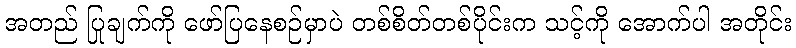
အတည် ပြုချက်ကို ဖော်ပြနေစဉ်မှာပဲ တစ်စိတ်တစ်ပိုင်းက သင့်ကို အောက်ပါ အတိုင်း